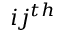
i j ^ { t h }